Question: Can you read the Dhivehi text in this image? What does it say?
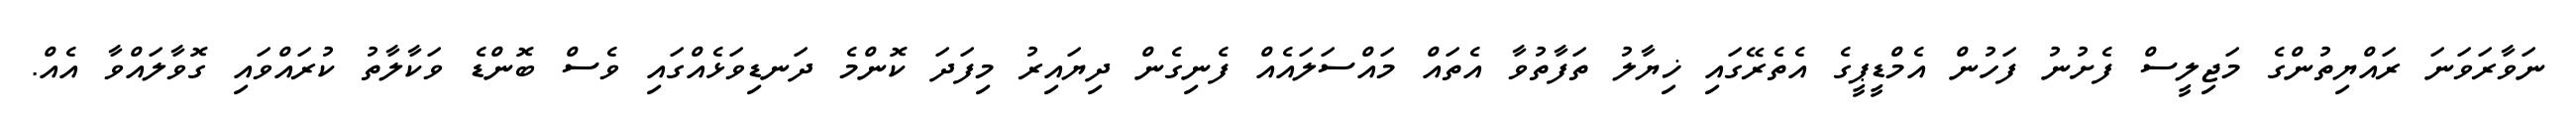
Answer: ނަވާރަވަނަ ރައްޔިތުންގެ މަޖިލީސް ފެށުނު ފަހުން އެމްޑީޕީގެ އެތެރޭގައި ޚިޔާލު ތަފާތުވާ އެތައް މައްސަލައެއް ފެނިގެން ދިޔައިރު މިފަދަ ކޮންމެ ދަނޑިވަޅެއްގައި ވެސް ބޮންޑެ ވަކާލާތު ކުރައްވައި ގޮވާލައްވާ އެއް.